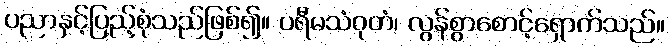
ပညာနှင့်ပြည့်စုံသည်ဖြစ်၍။ ပရီမသံဝုတံ၊ လွန်စွာစောင့်ရှောက်သည်။